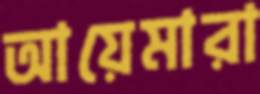
আয়েমারা